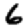
Digit: 6